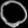
Digit: ၀